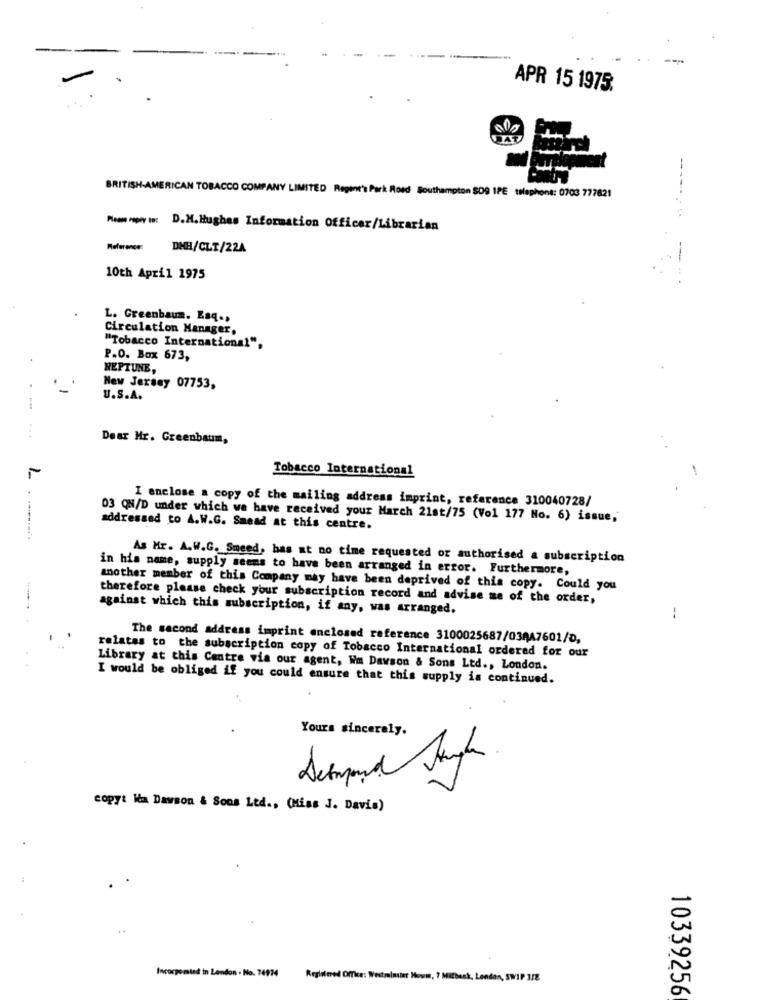
APR 15 1975.
----
BRITISH AMERICAN TOBACCO COMPANY LIMITED Regent's Park Road Southampton SO9 1PE telephone: 0703 777821
Mens Popwy in: D.M.Hughes Information Officer/Librarian
DHH/CLT/22A
10th April 1975
L. Greenbaum. Esq .,
Circulation Manager,
"Tobacco International",
P.O. Box 673,
NEPTUNE,
New Jersey 07753,
U.S.A.
--
Dear Mr. Greenbaum,
Tobacco International
I enclose a copy of the mailing address imprint, reference 310040728/
03 QN/D under which wa have received your March 21st/75 (Vol 177 No. 6) issue,
addressed to A.W.G. Smead at this centre.
As Mr. A.W.G. Smeed, has at no time requested or authorised a subscription
in his name, supply seems to have been arranged in error. Furthermore,
another member of this Company may have been deprived of this copy. Could you
therefore please check your subscription record and advise me of the order,
against which this subscription, if any, was arranged.
-.
The second address imprint enclosed reference 3100025687/03047601/D,
relates to the subscription copy of Tobacco International ordered for our
Library at this Centre via our agent, Wm Dawson & Sons Ltd ., London.
I would be obliged if you could ensure that this supply is continued.
Yours sincerely.
copy: lim Dawson & Sons Ltd ., (Hiss J. Davis)
Incorpomind in London . No. 74974
Registered Office: Westminster Hovi, 7 Mitbesk, London, SWIP 3/E
10339256